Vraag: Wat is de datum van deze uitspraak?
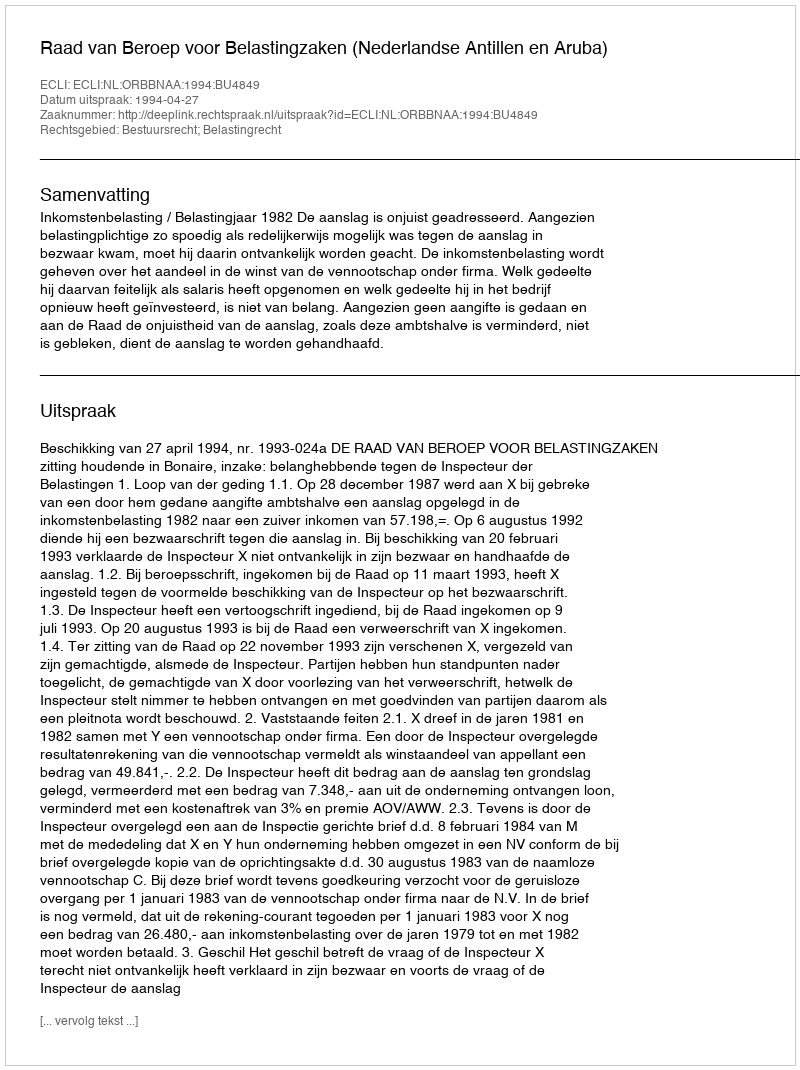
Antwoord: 1994-04-27